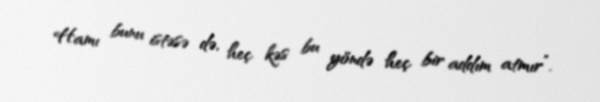
Hamı bunu istəsə də, heç kəs bu yöndə heç bir addım atmır”.